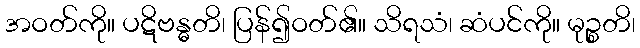
အဝတ်ကို။ ပဋိဗန္ဓတိ၊ ပြန်၍ဝတ်၏။ သိရသံ၊ ဆံပင်ကို။ မုဉ္စတိ၊